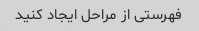
فهرستی از مراحل ایجاد کنید